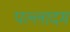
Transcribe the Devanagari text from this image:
पल्लादम